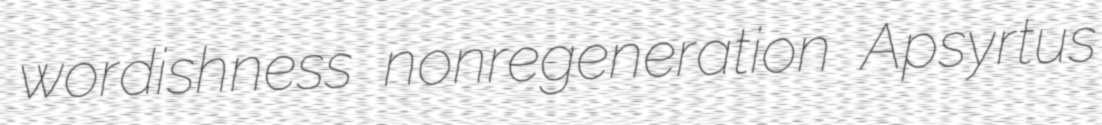
wordishness nonregeneration Apsyrtus